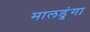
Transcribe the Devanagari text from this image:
मालडुंगा